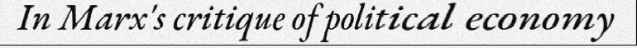
In Marx's critique of political economy